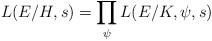
LaTeX: \begin{align*} L(E/H,s) = \prod_{\psi} L(E/K,\psi,s) \end{align*}